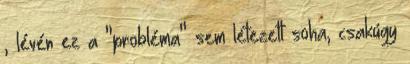
, lévén ez a "probléma" sem létezett soha, csakúgy